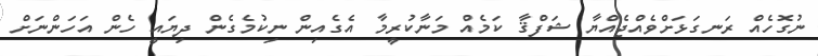
ނުގޮހެއް ރަނގަޅަށްވެއްޖެއްޔާ ޝަފްޤާ ކަމެއް މަނާކުރީމާ އެގެއިން ނިކުމެގެން ދިޔައީ ހެން އަހަންނަށް